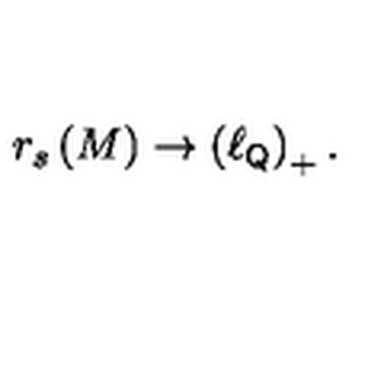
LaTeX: r _ { s } \left( M \right) \rightarrow \left( \ell _ { { \sf Q } } \right) _ { + } .